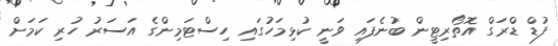
ފުޑް ޑްރަގް އޮތޯރިޓީން ބުނެފައި ވަނީ ކުޅިމަހުގައި ހިސްޓަމިންގެ އަސަރު ހުރި ކަމަށް